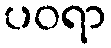
ပဝရာ